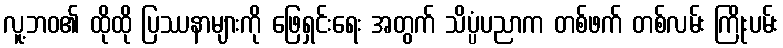
လူ့ဘဝ၏ ထိုထို ပြဿနာများကို ဖြေရှင်းရေး အတွက် သိပ္ပံပညာက တစ်ဖက် တစ်လမ်း ကြိုးပမ်း